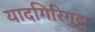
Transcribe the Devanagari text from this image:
यादगिरिगुट्टा